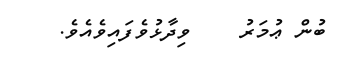
ބުން ޢުމަރު    ވިދާޅުވެފައިވެއެވެ.